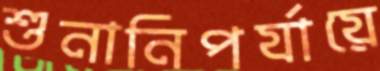
শুনানিপর্যায়ে